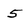
Character: 5